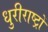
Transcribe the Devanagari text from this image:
धुरीराष्ट्रों